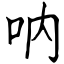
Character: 呐